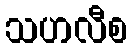
သဟလီစ